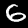
Label: 6